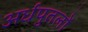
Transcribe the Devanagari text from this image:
अर्धपुतलों